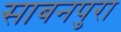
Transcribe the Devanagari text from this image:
साबनपुरा